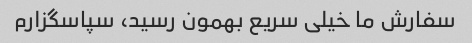
سفارش ما خیلى سریع بهمون رسید، سپاسگزارم